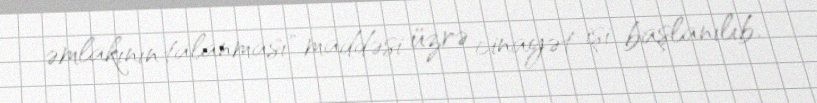
əmlakının talanması" maddəsi üzrə cinayət işi başlanılıb.